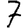
Digit: 7